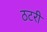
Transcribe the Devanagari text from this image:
ठटरी